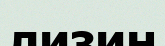
лизин